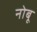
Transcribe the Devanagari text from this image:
नोबू